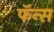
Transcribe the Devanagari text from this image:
फॅन्स